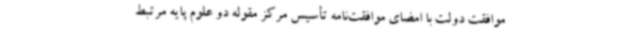
موافقت دولت با امضای موافقت‌نامه تأسیس مرکز مقوله دو علوم پایه مرتبط